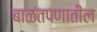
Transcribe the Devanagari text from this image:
बाळंतपणातील